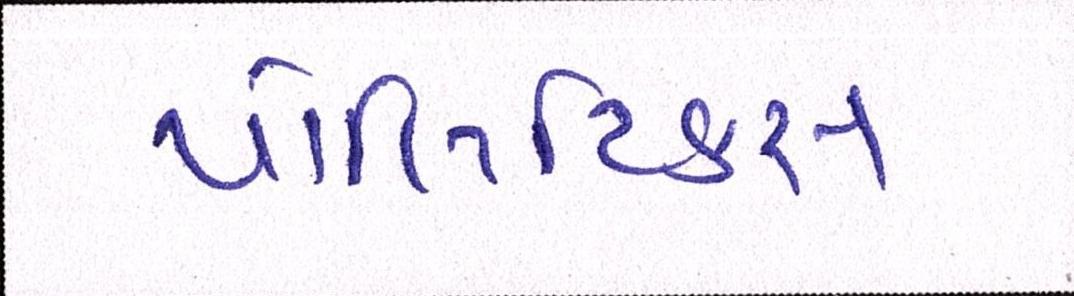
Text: પોલિટિકસ